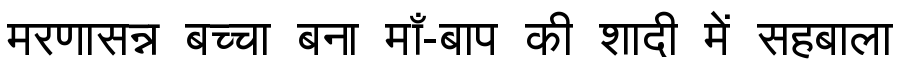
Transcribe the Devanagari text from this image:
मरणासन्न बच्चा बना माँ-बाप की शादी में सहबाला